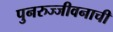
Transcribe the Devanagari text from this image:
पुनरुज्जीवनाची